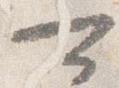
可